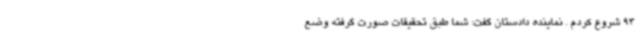
93 شروع کردم . نماینده دادستان گفت: شما طبق تحقیقات صورت گرفته وضع